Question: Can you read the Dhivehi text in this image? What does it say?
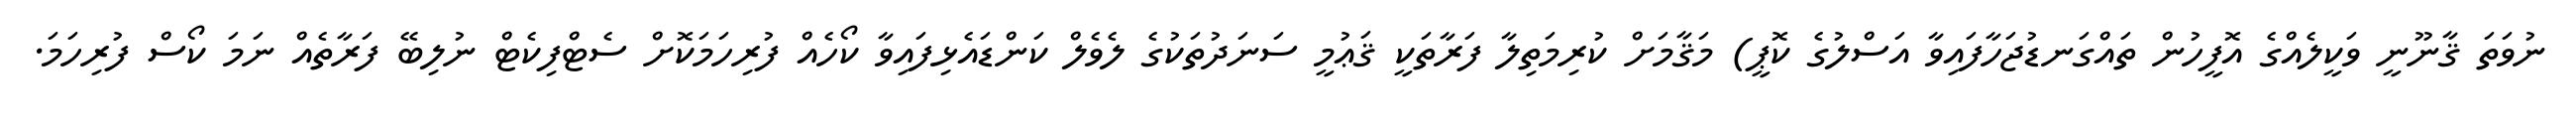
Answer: ނުވަތަ ޤާނޫނީ ވަކީލެއްގެ އޮފީހުން ތައްގަނޑުޖަހާފައިވާ އަސްލުގެ ކޮޕީ) މަޤާމަށް ކުރިމަތިލާ ފަރާތަކީ ޤަޢުމީ ސަނަދުތަކުގެ ލެވެލް ކަންޑައެޅިފައިވާ ކޯހެއް ފުރިހަމަކޮށް ސެޓްފިކެޓް ނުލިބޭ ފަރާތެއް ނަމަ ކޯސް ފުރިހަމަ.